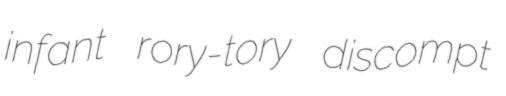
infant rory-tory discompt